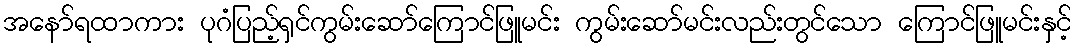
အနော်ရထာကား ပုဂံပြည့်ရှင်ကွမ်းဆော်ကြောင်ဖြူမင်း ကွမ်းဆော်မင်းလည်းတွင်သော ကြောင်ဖြူမင်းနှင့်